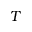
T